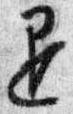
退